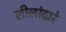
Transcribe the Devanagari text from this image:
लीलांद्वारे